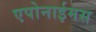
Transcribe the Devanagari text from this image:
एपोनाईमस